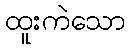
ထူးကဲသော